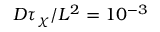
D \tau _ { \chi } / L ^ { 2 } = 1 0 ^ { - 3 }